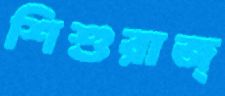
শিশুরাজ্